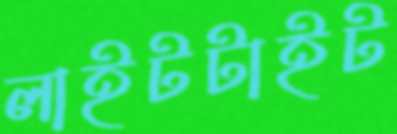
লাইটটাইট